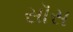
સૉસ